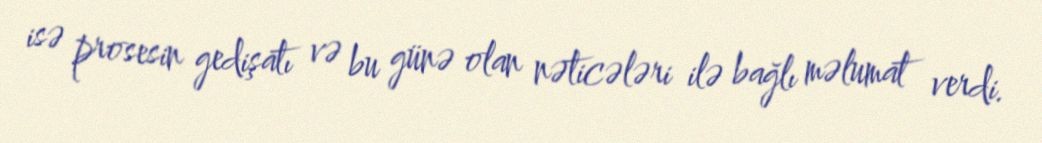
isə prosesin gedişatı və bu günə olan nəticələri ilə bağlı məlumat verdi.